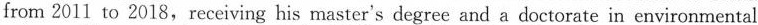
from 2011 to 2018, receiving his master's degree and a doctorate in environmental